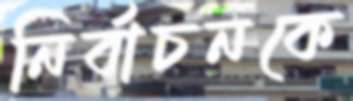
নির্বাচনকে